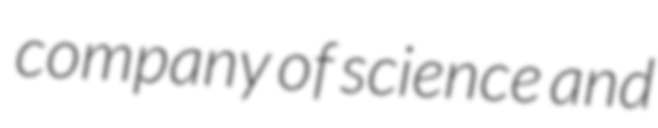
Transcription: company of science and